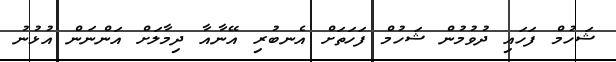
ޝަހުމް ފަހައި ދުވުމުން ޝަހުމް ފަހަތަށް އެނބުރި އޭނާއާ ދިމާލަށް އަންނަން އުޅުނު